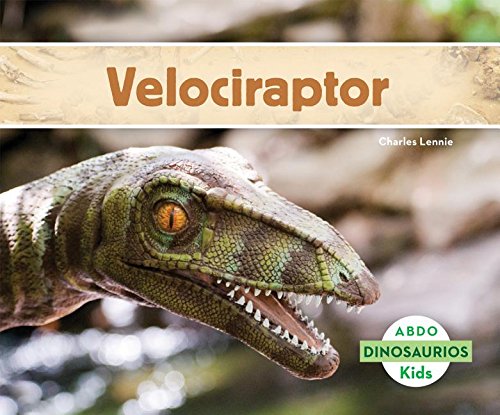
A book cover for Velociraptor (Abdo Kids: Dinosaurios) (Spanish Edition); Charles Lennie; Children's Books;